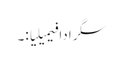
سگرادا فیمیلیا:۔